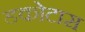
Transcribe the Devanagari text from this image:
डकोटास